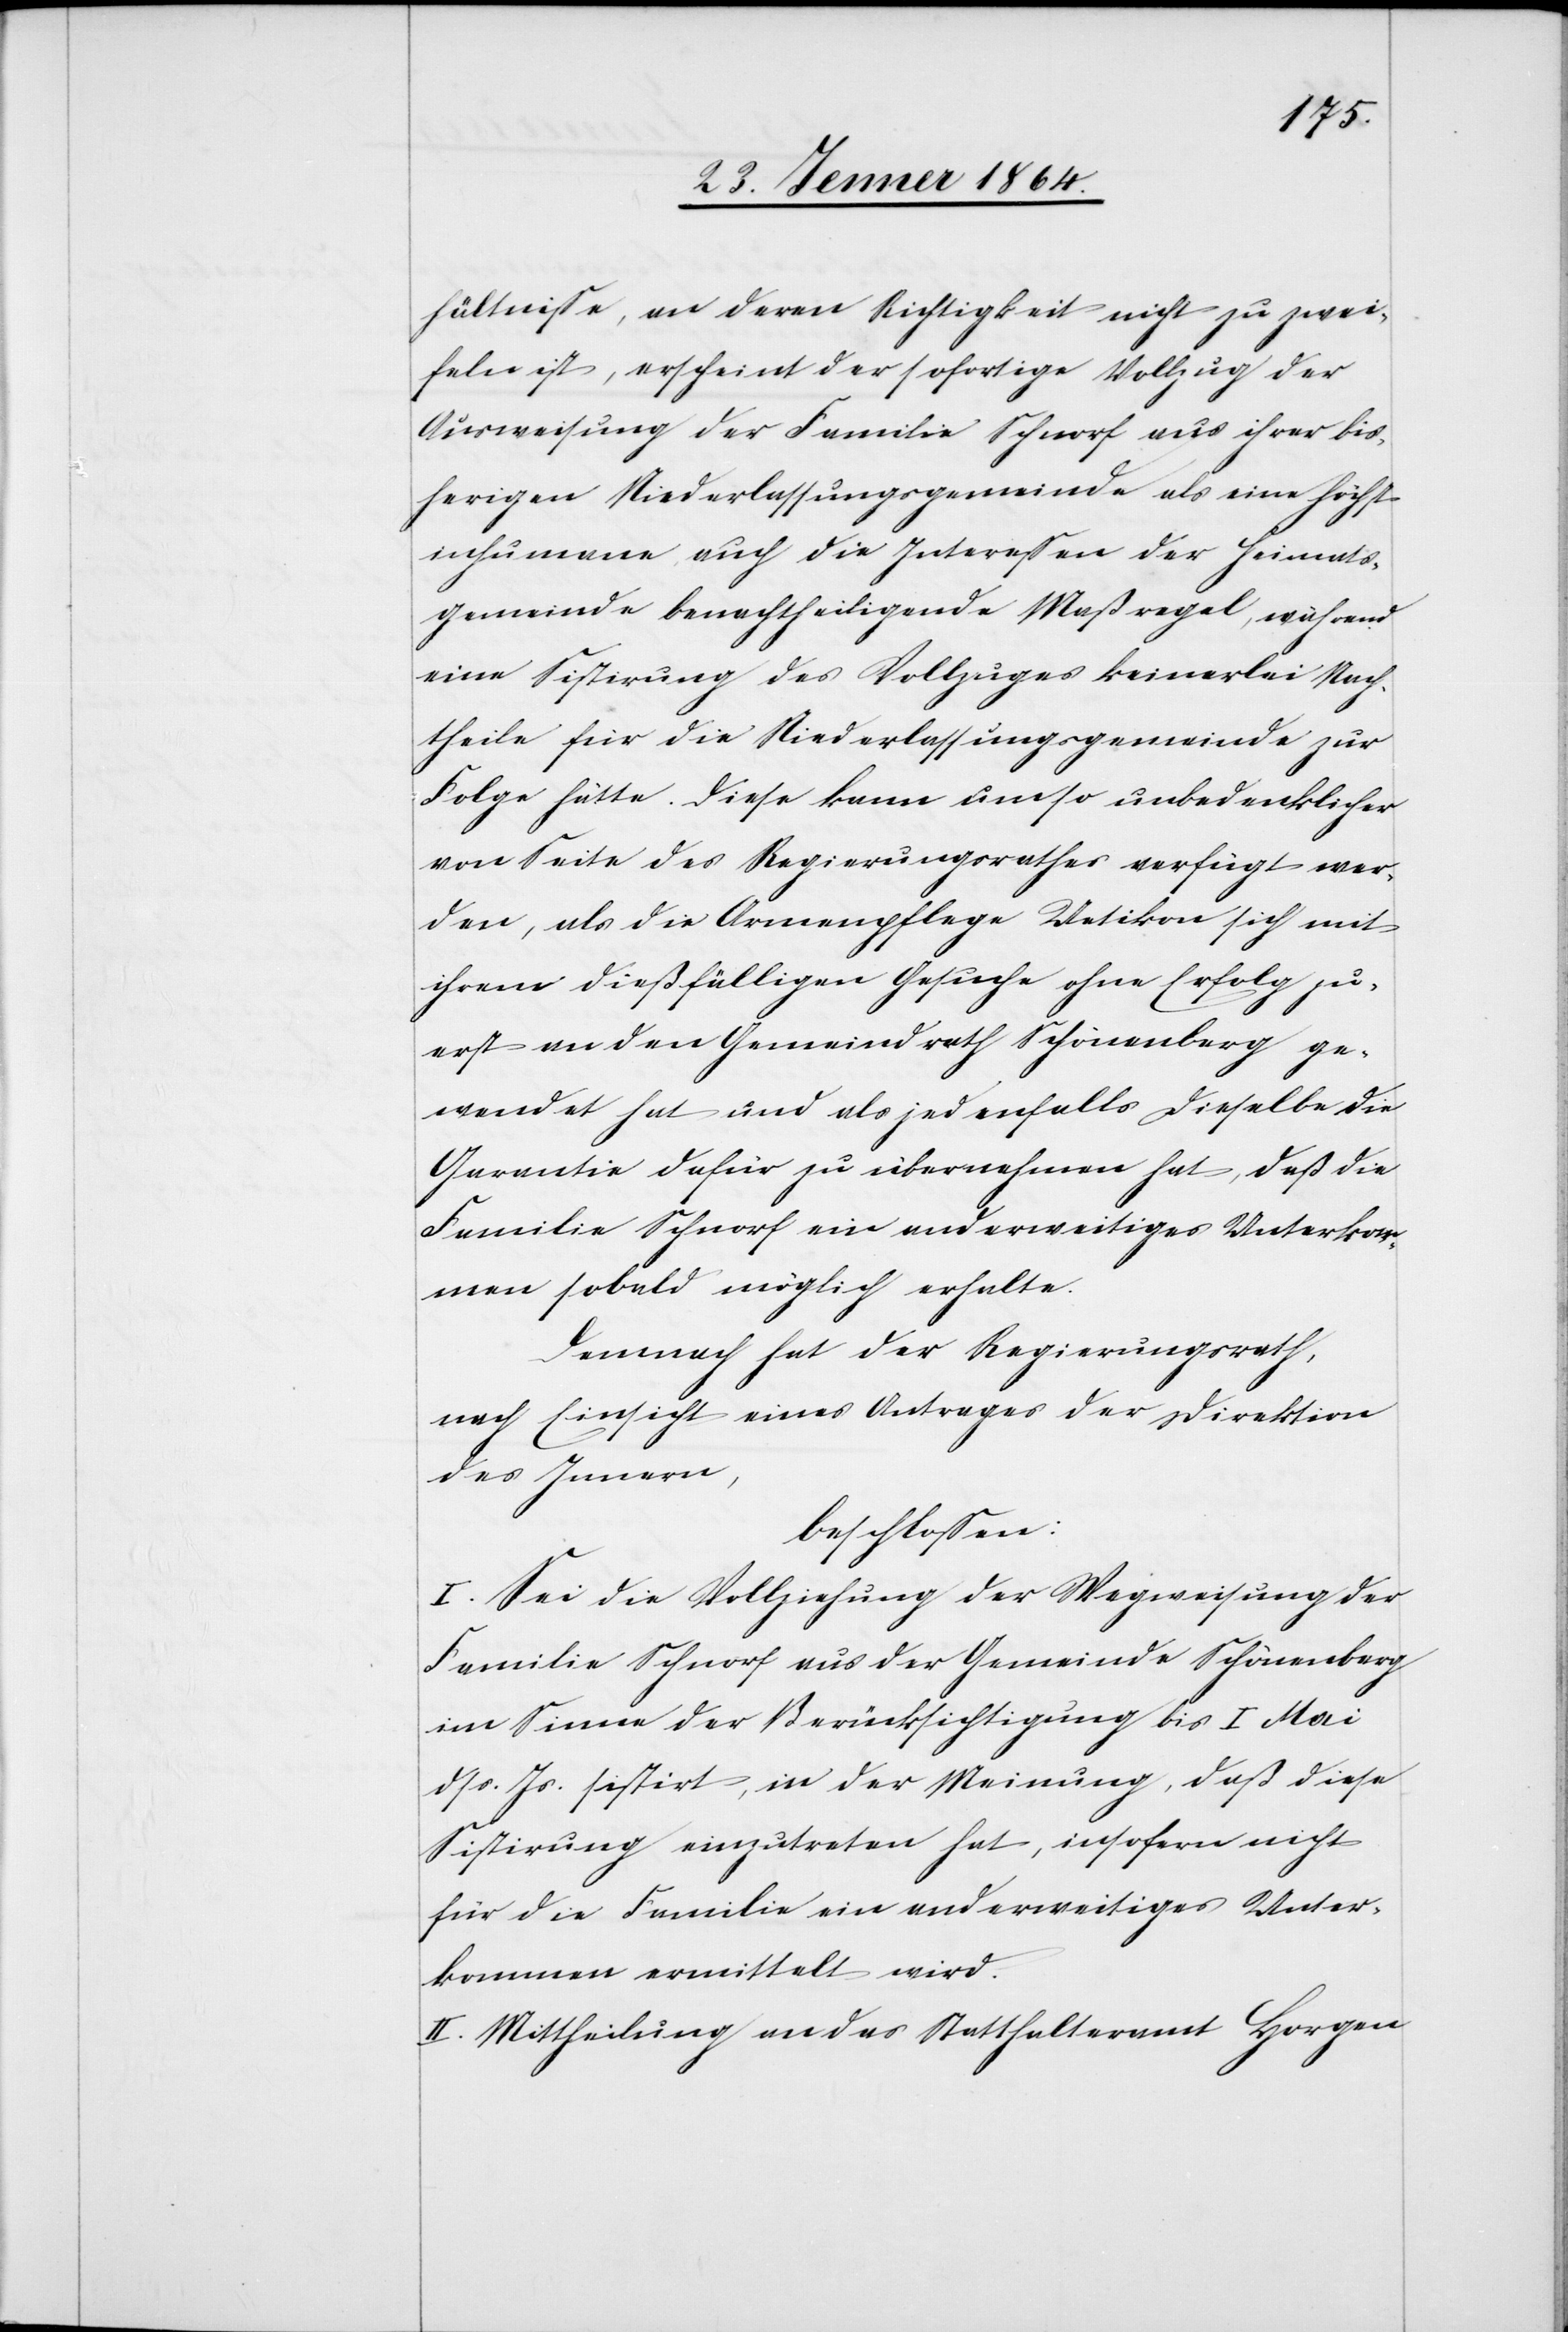
hältnisse, an deren Richtigkeit nicht zu zwei¬
feln ist, erscheint der sofortige Vollzug der
Ausweisung der Familie Schnorf aus ihrer bis¬
herigen Niederlassungsgemeinde als eine höchst
inhumane, auch die Interessen der Heimats¬
gemeinde benachtheiligende Maßregel, während
eine Sistirung des Vollzuges keinerlei Nach¬
theile für die Niederlassungsgemeinde zur
Folge hätte. Diese kann umso unbedenklicher
von Seite des Regierungsrathes verfügt wer¬
den, als die Armenpflege Uetikon sich mit
ihrem dießfälligen Gesuche ohne Erfolg zu¬
erst an den Gemeindrath Schönenberg ge¬
wendet hat und als jedenfalls dieselbe die
Garantie dafür zu übernehmen hat, daß die
Familie Schnorf ein anderweitiges Unterkom¬
men sobald möglich erhalte.
Demnach hat der Regierungsrath,
nach Einsicht eines Antrages der Direktion
des Innern,
beschlossen:
I. Sei die Vollziehung der Wegweisung der
Familie Schnorf aus der Gemeinde Schönenberg
im Sinne der Berücksichtigung bis 1 Mai
dss. Js. sistirt, in der Meinung, daß diese
Sistirung einzutreten hat, insofern nicht
für die Familie ein anderweitiges Unter¬
kommen ermittelt wird.
II. Mittheilung an das Statthalteramt Horgen